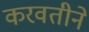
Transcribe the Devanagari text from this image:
करवतीने